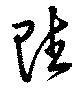
賦